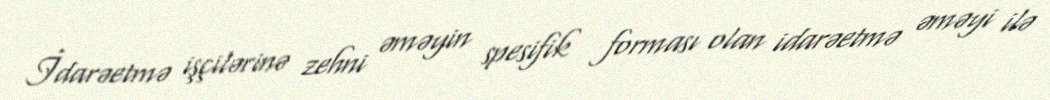
İdarəetmə işçilərinə zehni əməyin spesifik forması olan idarəetmə əməyi ilə